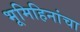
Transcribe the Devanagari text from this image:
भूमिहिनांचा